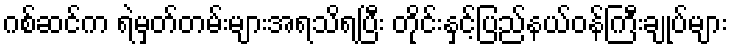
ဂစ်ဆင်က ရဲမှတ်တမ်းများအရသိရပြီး တိုင်းနှင့်ပြည်နယ်ဝန်ကြီးချုပ်များ